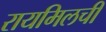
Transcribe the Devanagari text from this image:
रायमिलची